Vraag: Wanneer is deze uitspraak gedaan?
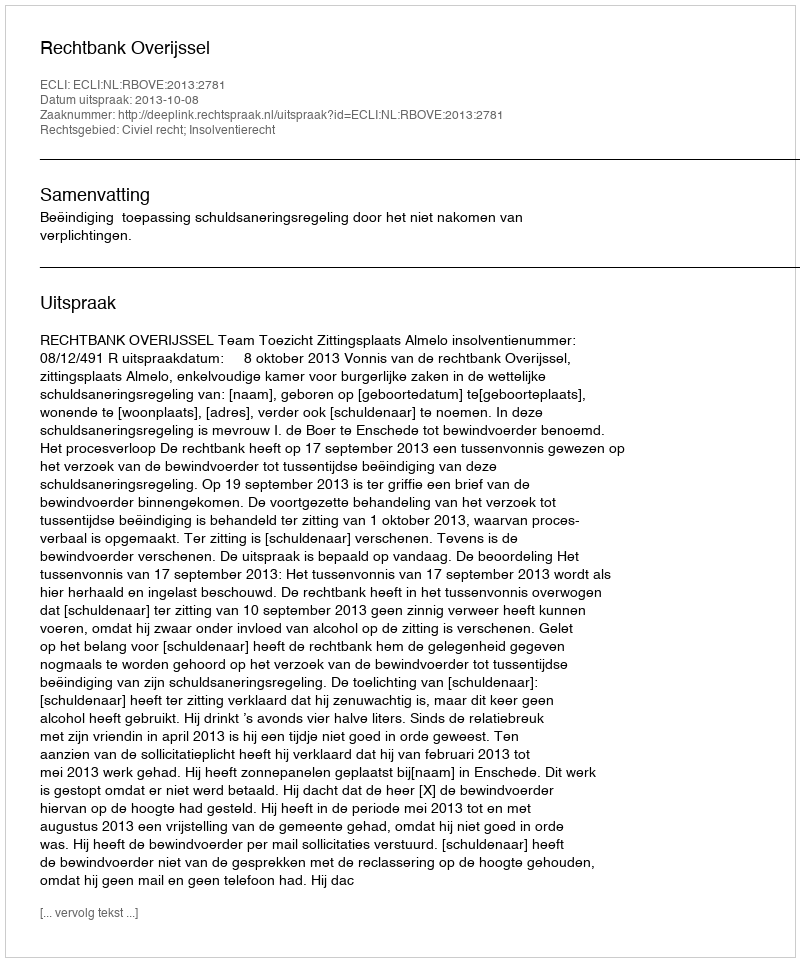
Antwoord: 2013-10-08